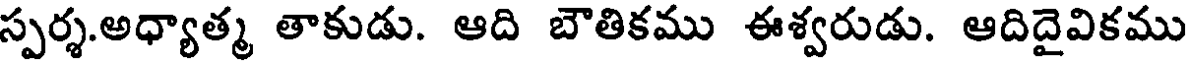
స్పర్శ.అధ్యాత్మ తాకుడు. ఆది బౌతికము ఈశ్వరుడు. ఆదిదైవికము